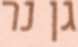
גן נר